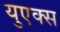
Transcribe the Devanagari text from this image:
युएक्स